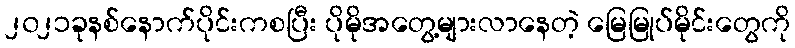
၂၀၂၁ခုနစ်နောက်ပိုင်းကစပြီး ပိုမိုအတွေ့များလာနေတဲ့ မြေမြုပ်မိုင်းတွေကို